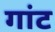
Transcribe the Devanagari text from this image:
गांट